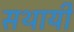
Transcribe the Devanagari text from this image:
सथायी